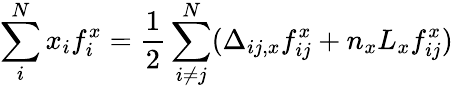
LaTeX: \sum_{i}^{N}x_{i}f_{i}^{x}=\frac{1}{2}\sum_{i\ne j}^{N}(\Delta_{ij,x}f_{ij}^{x}+n_{x}L_{x}f_{ij}^{x})